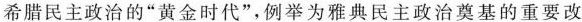
希腊民主政治的”黄金时代”，例举为雅典民主政治奠基的重要改